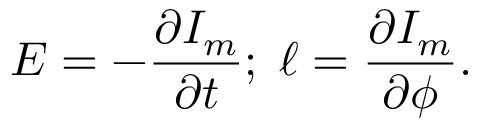
E = - \frac { \partial I _ { m } } { \partial t } ; \; \ell = \frac { \partial I _ { m } } { \partial \phi } .